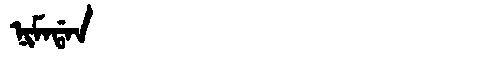
Manchu: ᠨᡳᠮᠠᡩᠠᠨ
Romanization: NIMADAN